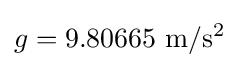
g=\mathrm {9.80665~m/s^{2}}